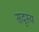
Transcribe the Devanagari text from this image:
सदृस्य